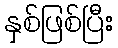
နှစ်ဖြစ်ပြီး